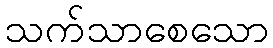
သက်သာစေသော